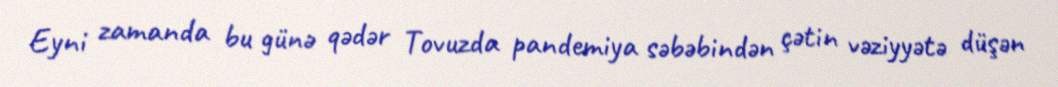
Eyni zamanda bu günə qədər Tovuzda pandemiya səbəbindən çətin vəziyyətə düşən